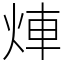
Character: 𤉖